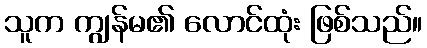
သူက ကျွန်မ၏ လောင်ထုံး ဖြစ်သည်။